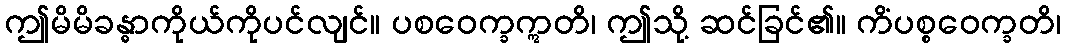
ဤမိမိခန္ဓာကိုယ်ကိုပင်လျင်။ ပစဝေက္ခဣတိ၊ ဤသို့ ဆင်ခြင်၏။ ကိံပစ္စဝေက္ခတိ၊